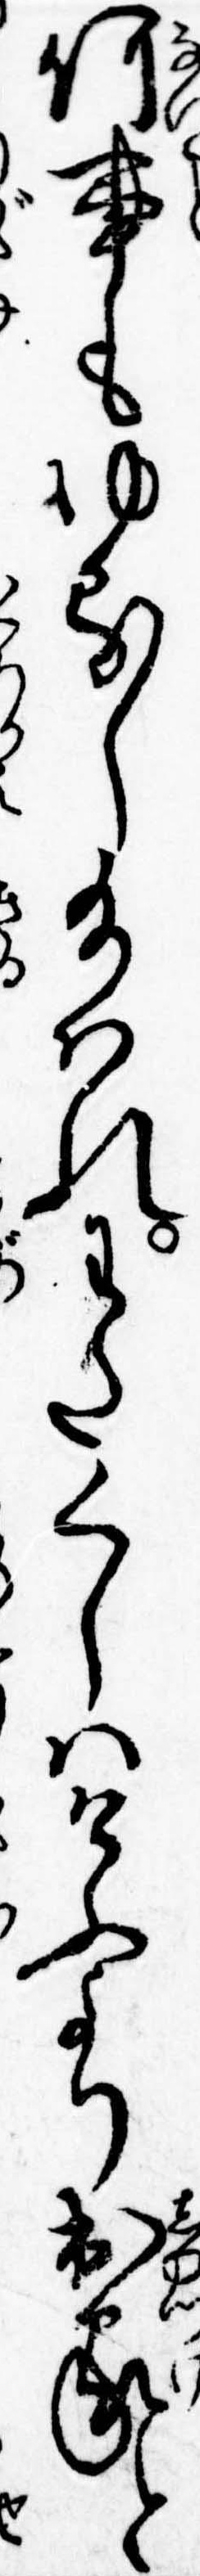
何事もゆるし給はれわたくしはけふより出家と